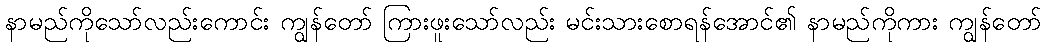
နာမည်ကိုသော်လည်းကောင်း ကျွန်တော် ကြားဖူးသော်လည်း မင်းသားစောရန်အောင်၏ နာမည်ကိုကား ကျွန်တော်